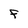
Character: F